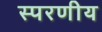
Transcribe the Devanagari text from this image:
स्परणीय